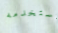
تستخدمه